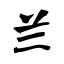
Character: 兰